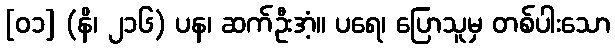
[၀၁] (နိ၊ ၂၁၆) ပန၊ ဆက်ဦးအံ့။ ပရေ၊ ပြောသူမှ တစ်ပါးသော